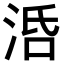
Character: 𣴠